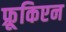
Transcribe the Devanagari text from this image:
फ्रूकिएन